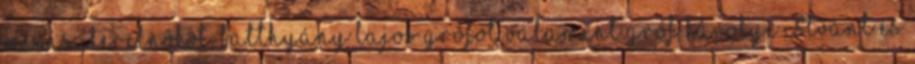
miniszterelnököt, Batthyány Lajos grófot valamint gróf Károlyi Istvánt és